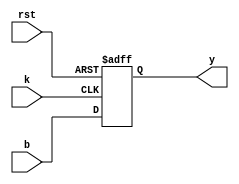
module clb_ae(
	input b,
	input k,
	input rst,
	output y
);
	
	wire f;
	reg q;
	
	assign f = b;
	
	always @(posedge k, negedge rst) begin
		if (rst == 1'b0) begin
			q <= 1'b0;
		end else begin
			q <= f;
		end
	end
	
	assign y = q;

endmodule